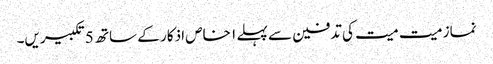
نماز میت میت کی تدفین سے پہلے ۱ خاص اذکار کے ساتھ 5 تکبیریں۔